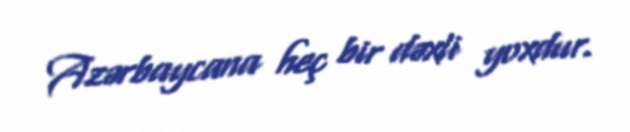
Azərbaycana heç bir dəxli yoxdur.